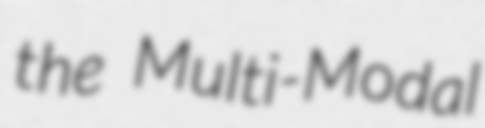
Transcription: the Multi-Modal